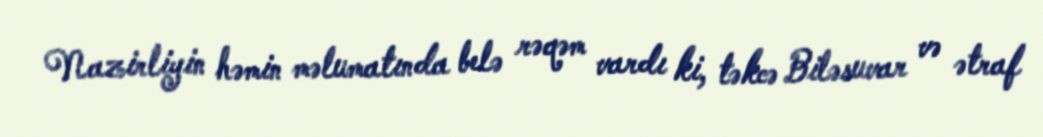
Nazirliyin həmin məlumatında belə rəqəm vardı ki, təkcə Biləsuvar və ətraf